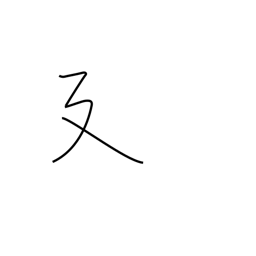
Meaning: long stride or stretching radical (no. 54)